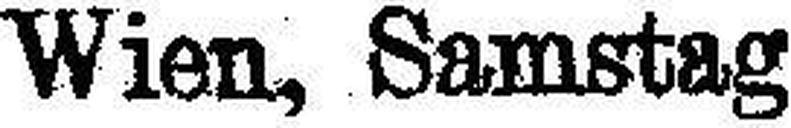
Wien, Samstag